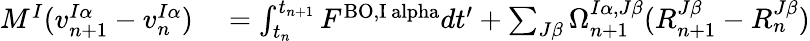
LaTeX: \begin{array}{rl}{M^{I}(v_{n+1}^{I\alpha}-v_{n}^{I\alpha})}&{{}=\int_{t_{n}}^{t_{n+1}}F^{\mathrm{BO,I\ alpha}}dt^{\prime}+\sum_{J\beta}\Omega_{n+1}^{I\alpha,J\beta}(R_{n+1}^{J\beta}-R_{n}^{J\beta})}\end{array}